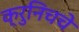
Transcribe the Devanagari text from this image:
क्रुनिचचे